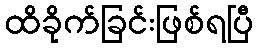
ထိခိုက်ခြင်းဖြစ်ရပြီ